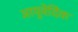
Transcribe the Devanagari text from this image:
आयुवेदिेक